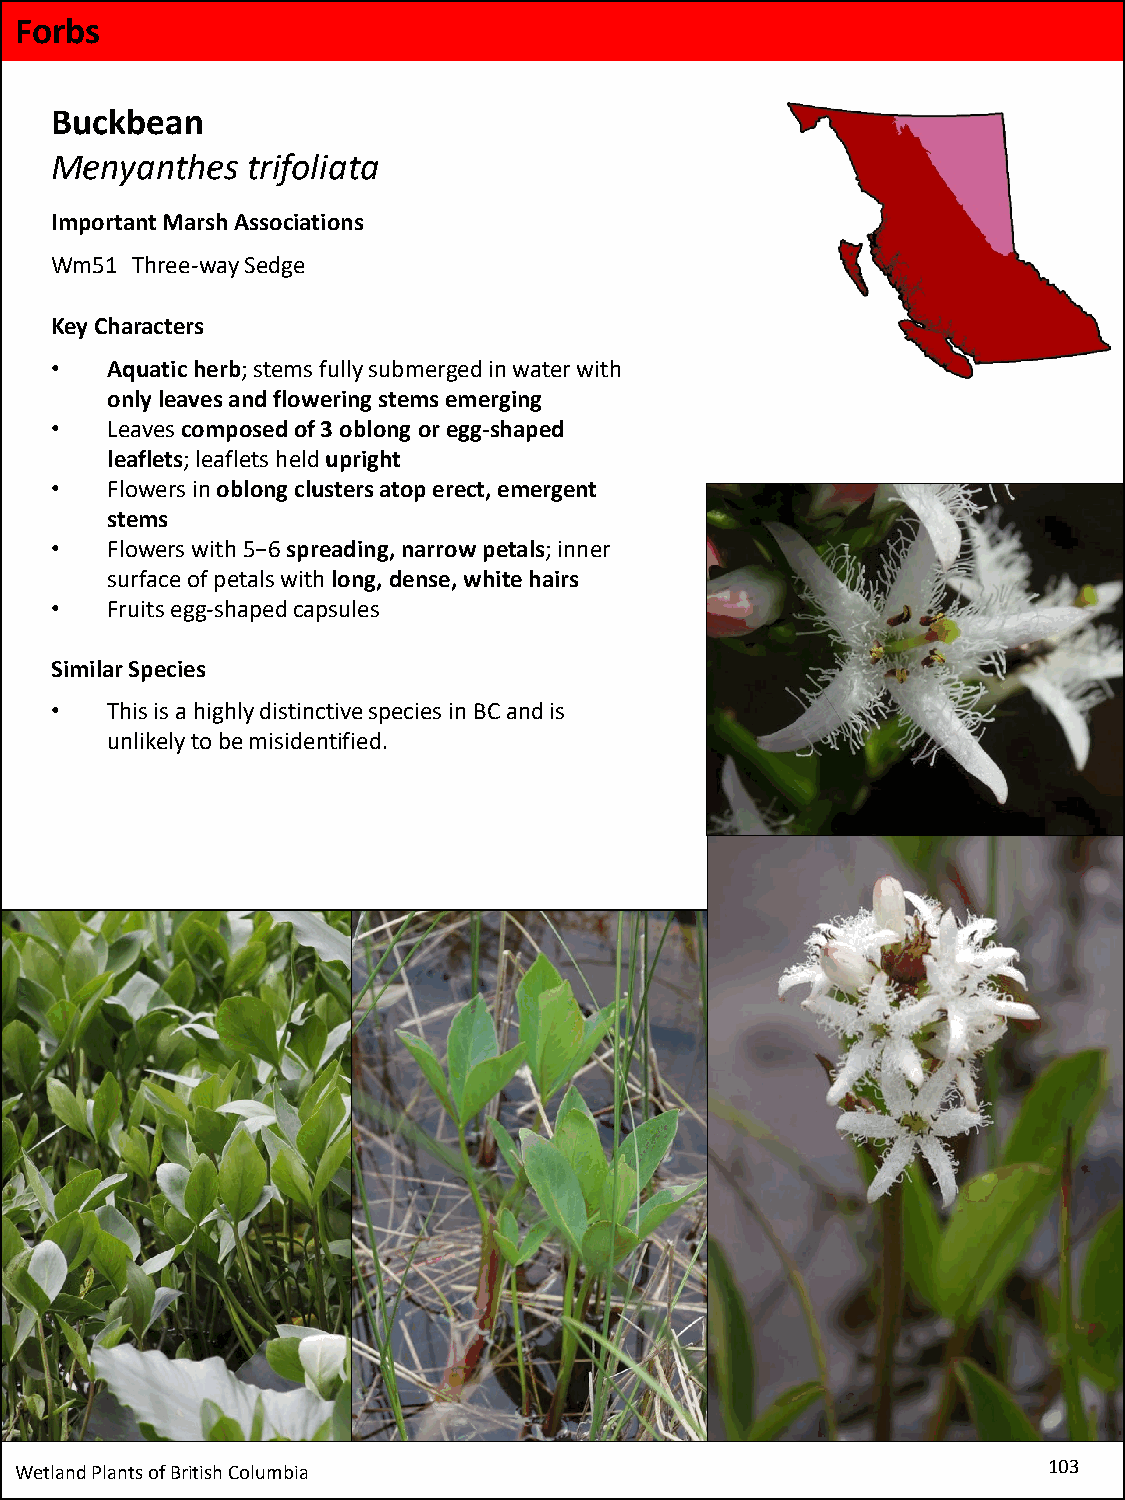
Forbs
 Buckbean
 Menyanthes   trifoliata
 Important Marsh Associations
 Wm51  Three-way Sedge
 Key Characters
 •   Aquatic herb; stems fully submerged in water with
 only leaves and flowering stems emerging
 •   Leaves composed of 3 oblong or egg-shaped
 leaflets; leaflets heldupright
 •   Flowers in oblong clusters atop erect, emergent
 stems
 •   Flowers with5−6 spreading, narrow petals; inner
 surface of petals with long, dense, white hairs
 •   Fruits egg-shaped capsules
 Similar Species
 •   This is a highly distinctive species in BC and is
 unlikely to be misidentified.
 Wetland Plants of British Columbia                                  103